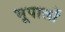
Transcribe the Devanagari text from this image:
भूपालों